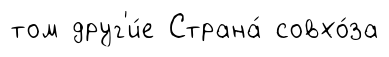
том друг'и́е Страна́ совхо́за